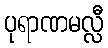
ပုရာဏမလ္လီ